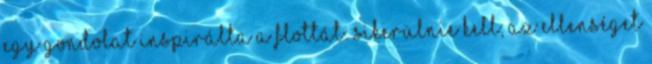
egy gondolat inspirálta a flottát: Sikerülnie kell; az ellenséget